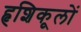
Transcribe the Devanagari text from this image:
हृशिकूलों